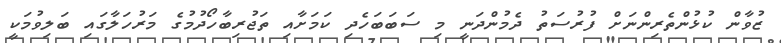
ޒުވާން ކުޅުންތެރިންނަށް ފުރުސަތު ދެމުންދަނީ މި ސަބަބަހެދި ކަމަށާއި ތަޖުރިބާހޯދުމުގެ މަރުހަލާގައި ބަލިވުމަކީ